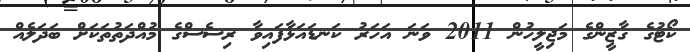
ކޯޓުގެ ގާޒީންގެ މަޖިލީހުން 2011 ވަަނަ އަހަރު ކަނޑައަޅާފައިވާ ރިސެސްގެ މުއްދަތުތަކަށް ބަދަލެއް